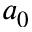
a _ { 0 }